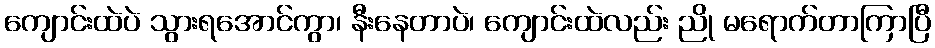
ကျောင်းထဲပဲ သွားရအောင်ကွာ၊ နီးနေတာပဲ၊ ကျောင်းထဲလည်း ညို မရောက်တာကြာပြီ